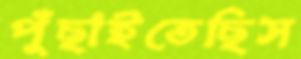
পুঁছাইতেছিস